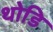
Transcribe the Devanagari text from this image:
थोडि